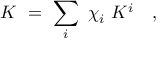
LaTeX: K \ = \ \sum _ { i } \ \chi _ { i } \ K ^ { i } \quad ,